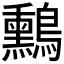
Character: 𪇑